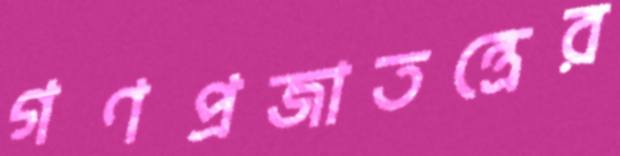
গণপ্রজাতন্ত্রের